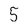
Character: 5